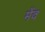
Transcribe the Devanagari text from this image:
मेंव